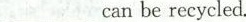
___can be recycled.